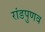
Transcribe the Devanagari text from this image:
रांडपुणव